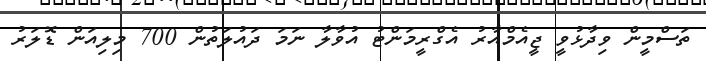
ތަސްމީން ވިދާޅުވީ ޖީއެމްއާރު އެގްރީމަންޓު އުވާލާ ނަމަ ދައުލަތުން 700 މިލިއަން ޑޮލަރު